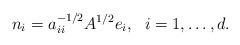
\begin{align*}n_i = a_{ii}^{-1/2}A^{1/2}e_i,\ \ i = 1, \ldots, d.\end{align*}